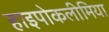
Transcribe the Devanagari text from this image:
हाइपोकलीमिया